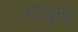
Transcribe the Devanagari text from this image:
वोट्युरेट